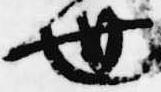
世